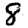
Digit: 8